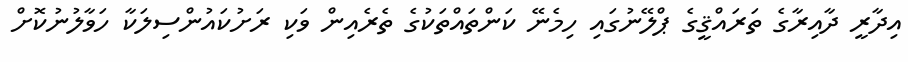
އިދާރީ ދާއިރާގެ ތަރައްޤީގެ ޕްލޭނުގައި ހިމެނޭ ކަންތައްތަކުގެ ތެރެއިން ވަކި ރަށުކައުންސިލަކާ ހަވާލުނުކޮށް